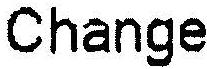
CHANGE